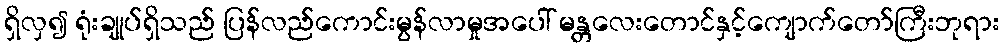
ရှိလှ၍ ရုံးချုပ်ရှိသည် ပြန်လည်ကောင်းမွန်လာမှုအပေါ် မန္တလေးတောင်နှင့်ကျောက်တော်ကြီးဘုရား